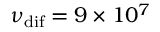
\nu _ { \mathrm { d i f } } = 9 \times 1 0 ^ { 7 }